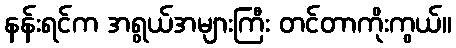
နန်းရင်က အရွယ်အများကြီး တင်တာကိုးကွယ်။